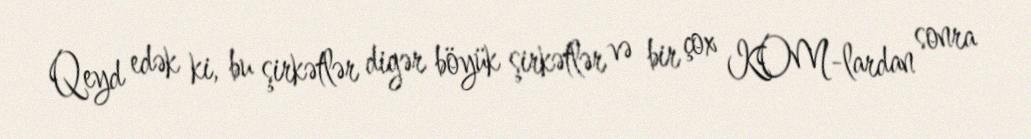
Qeyd edək ki, bu şirkətlər digər böyük şirkətlər və bir çox KOM-lardan sonra